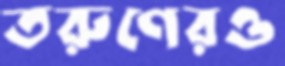
তরুণেরও